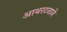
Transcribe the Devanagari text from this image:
आथरटनाने